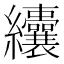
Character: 𦈃